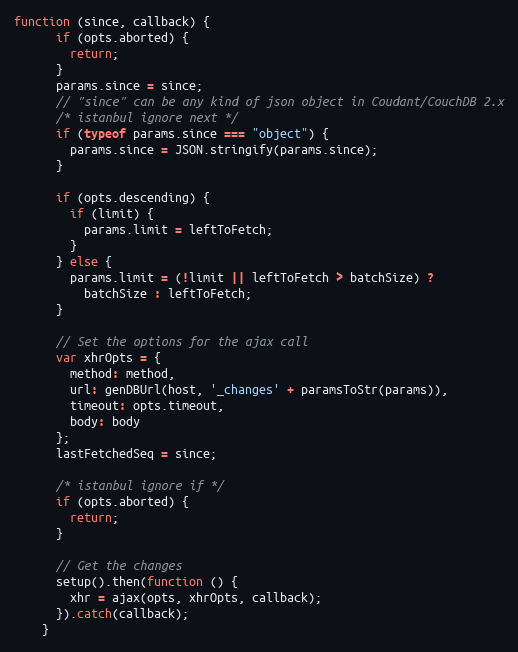
Language: JavaScript
function (since, callback) {
      if (opts.aborted) {
        return;
      }
      params.since = since;
      // "since" can be any kind of json object in Coudant/CouchDB 2.x
      /* istanbul ignore next */
      if (typeof params.since === "object") {
        params.since = JSON.stringify(params.since);
      }

      if (opts.descending) {
        if (limit) {
          params.limit = leftToFetch;
        }
      } else {
        params.limit = (!limit || leftToFetch > batchSize) ?
          batchSize : leftToFetch;
      }

      // Set the options for the ajax call
      var xhrOpts = {
        method: method,
        url: genDBUrl(host, '_changes' + paramsToStr(params)),
        timeout: opts.timeout,
        body: body
      };
      lastFetchedSeq = since;

      /* istanbul ignore if */
      if (opts.aborted) {
        return;
      }

      // Get the changes
      setup().then(function () {
        xhr = ajax(opts, xhrOpts, callback);
      }).catch(callback);
    }